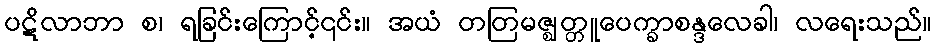
ပဋိလာဘာ စ၊ ရခြင်းကြောင့်၎င်း။ အယံ တတြမဇ္ဈတ္တူပေက္ခာစန္ဒလေခါ၊ လရေးသည်။